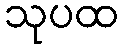
သုပထ